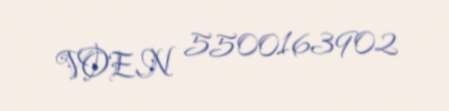
VOEN 5500163902